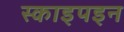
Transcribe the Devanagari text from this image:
स्काइपइन